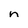
Character: n